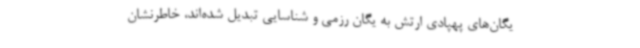
یگان‌های پهپادی ارتش به یگان رزمی و شناسایی تبدیل شده‌اند، خاطرنشان